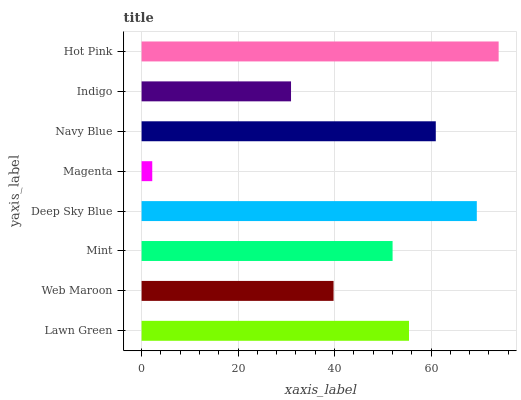
| yaxis_label | bars |
 | --- | --- |
 | Lawn Green | 55.4 |
 | Web Maroon | 39.8 |
 | Mint | 52 |
 | Deep Sky Blue | 69.5 |
 | Magenta | 2.21 |
 | Navy Blue | 61 |
 | Indigo | 31 |
 | Hot Pink | 74 |